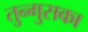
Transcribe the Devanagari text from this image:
तुन्गुसका